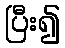
ပြီး၍